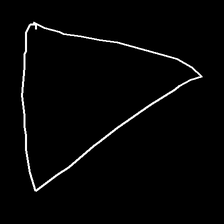
Glyph: convergence